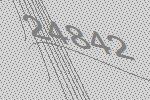
24842